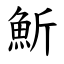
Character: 䰺